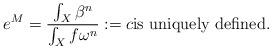
LaTeX: \begin{align*}e^M = \frac{\int_X \beta^n}{\int_X f\omega^n}:= c \mbox{is uniquely defined.}\end{align*}